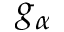
g _ { \alpha }